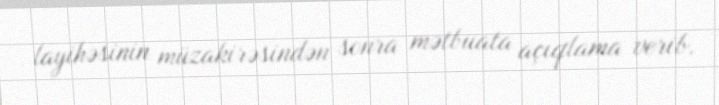
layihəsinin müzakirəsindən sonra mətbuata açıqlama verib.